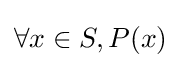
\forall x\in S,P(x)